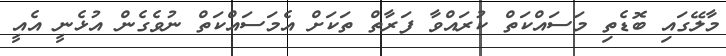
މާލޭގައި ބޮޑެތި މަސައްކަތް ކުރައްވާ ފަރާތް ތަކަށް އެމަސައްކަތް ނުވެގެން އުޅެނީ އެއީ